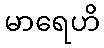
မာရေဟိ